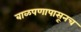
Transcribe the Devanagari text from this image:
बाळपणापासूनच